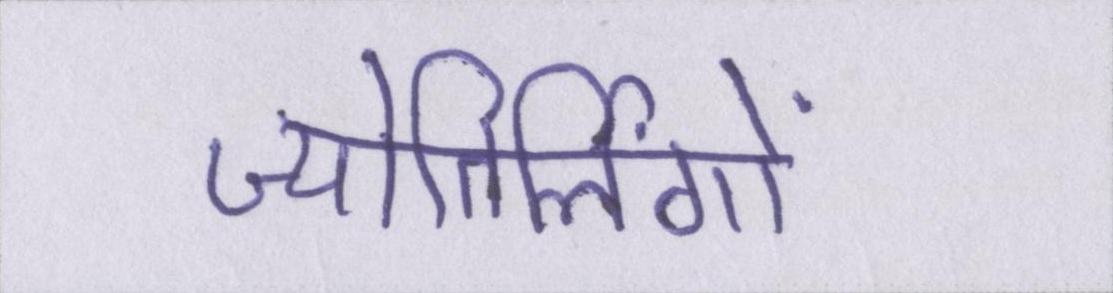
ज्योतिर्लिंगों